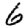
Digit: 6